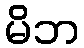
မိဘ